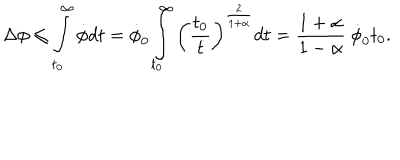
LaTeX: \Delta \phi \leq \int _ { t _ { 0 } } ^ { \infty } \dot { \phi } d t = \dot { \phi } _ { 0 } \int _ { t _ { 0 } } ^ { \infty } \left( { \frac { t _ { 0 } } { t } } \right) ^ { \frac { 2 } { 1 + \alpha } } d t = { \frac { 1 + \alpha } { 1 - \alpha } } ~ \dot { \phi } _ { 0 } t _ { 0 } .